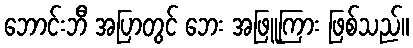
ဘောင်းဘီ အပြာတွင် ဘေး အဖြူကြား ဖြစ်သည်။